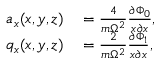
\begin{array} { r l } { a _ { x } ( x , y , z ) } & { { } = \frac { 4 } { m \Omega ^ { 2 } } \frac { \partial \Phi _ { 0 } } { x \partial x } , } \\ { q _ { x } ( x , y , z ) } & { { } = \frac { 2 } { m \Omega ^ { 2 } } \frac { \partial \Phi _ { 1 } } { x \partial x } , } \end{array}